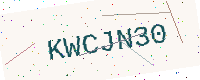
Text: KWCJN30